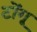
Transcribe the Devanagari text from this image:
टोंगू